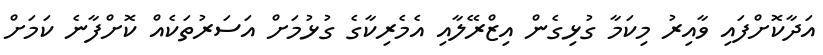
އަދާކޮށްފައި ވާއިރު މިކަމާ ގުޅިގެން އިޒްރޭލާއި އެމެރިކާގެ ގުޅުމަށް އަސަރުތަކެއް ކޮށްފާނެ ކަމަށް